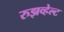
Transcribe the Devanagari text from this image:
रुझव्हेल्ट